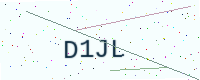
Text: D1JL